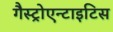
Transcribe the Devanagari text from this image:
गैस्ट्रोएन्टाइटिस